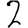
Digit: 2